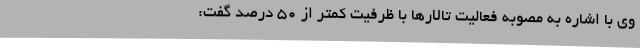
وی با اشاره به مصوبه فعالیت تالارها با ظرفیت کمتر از 50 درصد گفت: